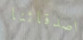
اصدقائنا